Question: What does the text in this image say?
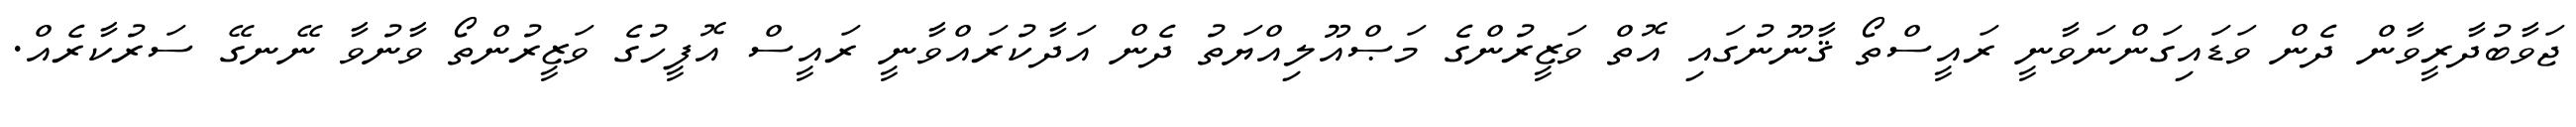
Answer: ޖަވާބުދާރީވާން ދެން ވަޑައިގަންނަވާނީ ރައީސްތޯ ޤާނޫނުގައި އޮތް ވަޒީރުންގެ މަޞްއޫލިއްޔަތު ދެން އަދާކުރައްވާނީ ރައީސް އޮފީހުގެ ވަޒީރުންތޯ ވާނުވާ ނޭނގޭ ސަރުކާރެއް.